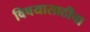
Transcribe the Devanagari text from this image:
विषयासाठीचा